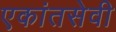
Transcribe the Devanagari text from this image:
एकांतसेवी